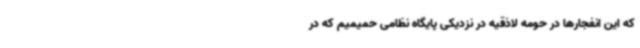
که این انفجارها در حومه لاذقیه در نزدیکی پایگاه نظامی حمیمیم که در